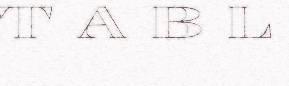
T A B L